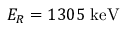
E _ { R } = 1 3 0 5 ~ \mathrm { k e V }